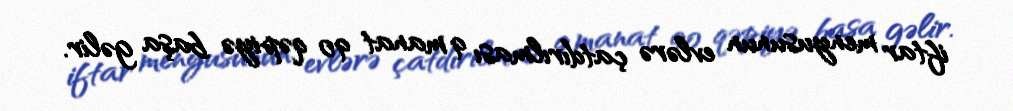
iftar menyusunun evlərə çatdırılması 9 manat 90 qəpiyə başa gəlir.